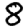
Digit: 8